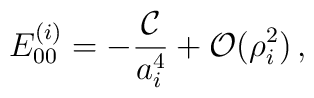
E_{00}^{(i)} = -\frac{{\cal C}}{a_i^4} + {\cal O}(\rho_i^2)\,,